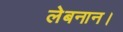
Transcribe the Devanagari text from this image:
लेबनान।